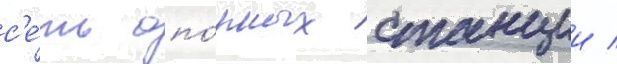
с'е́ть опо́рных станции /